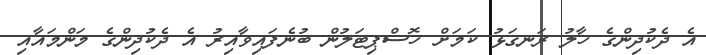
އެ ދެކުދިންގެ ހާލު ރަނގަޅު ކަމަށް ހޮސްޕިޓަލުން ބުނެފައިވާއިރު އެ ދެކުދިންގެ މަންމައާއި